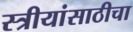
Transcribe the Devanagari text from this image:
स्त्रीयांसाठीचा